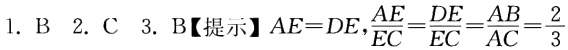
1. B 2. C 3. B【提示】$AE = DE,\frac{AE}{EC}=\frac{DE}{EC}=\frac{AB}{AC}=\frac{2}{3}$